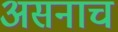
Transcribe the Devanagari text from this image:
असनाच